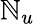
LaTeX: \mathbb{N}_{u}